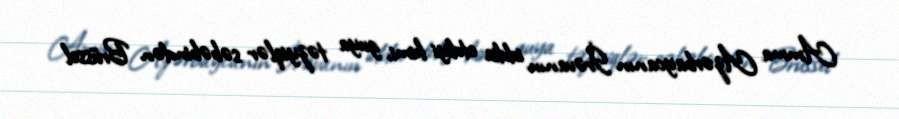
Amma Azərbaycanın İrəvanın iddia etdiyi kimi, guya təzyiqlər səbəbindən Brüssel